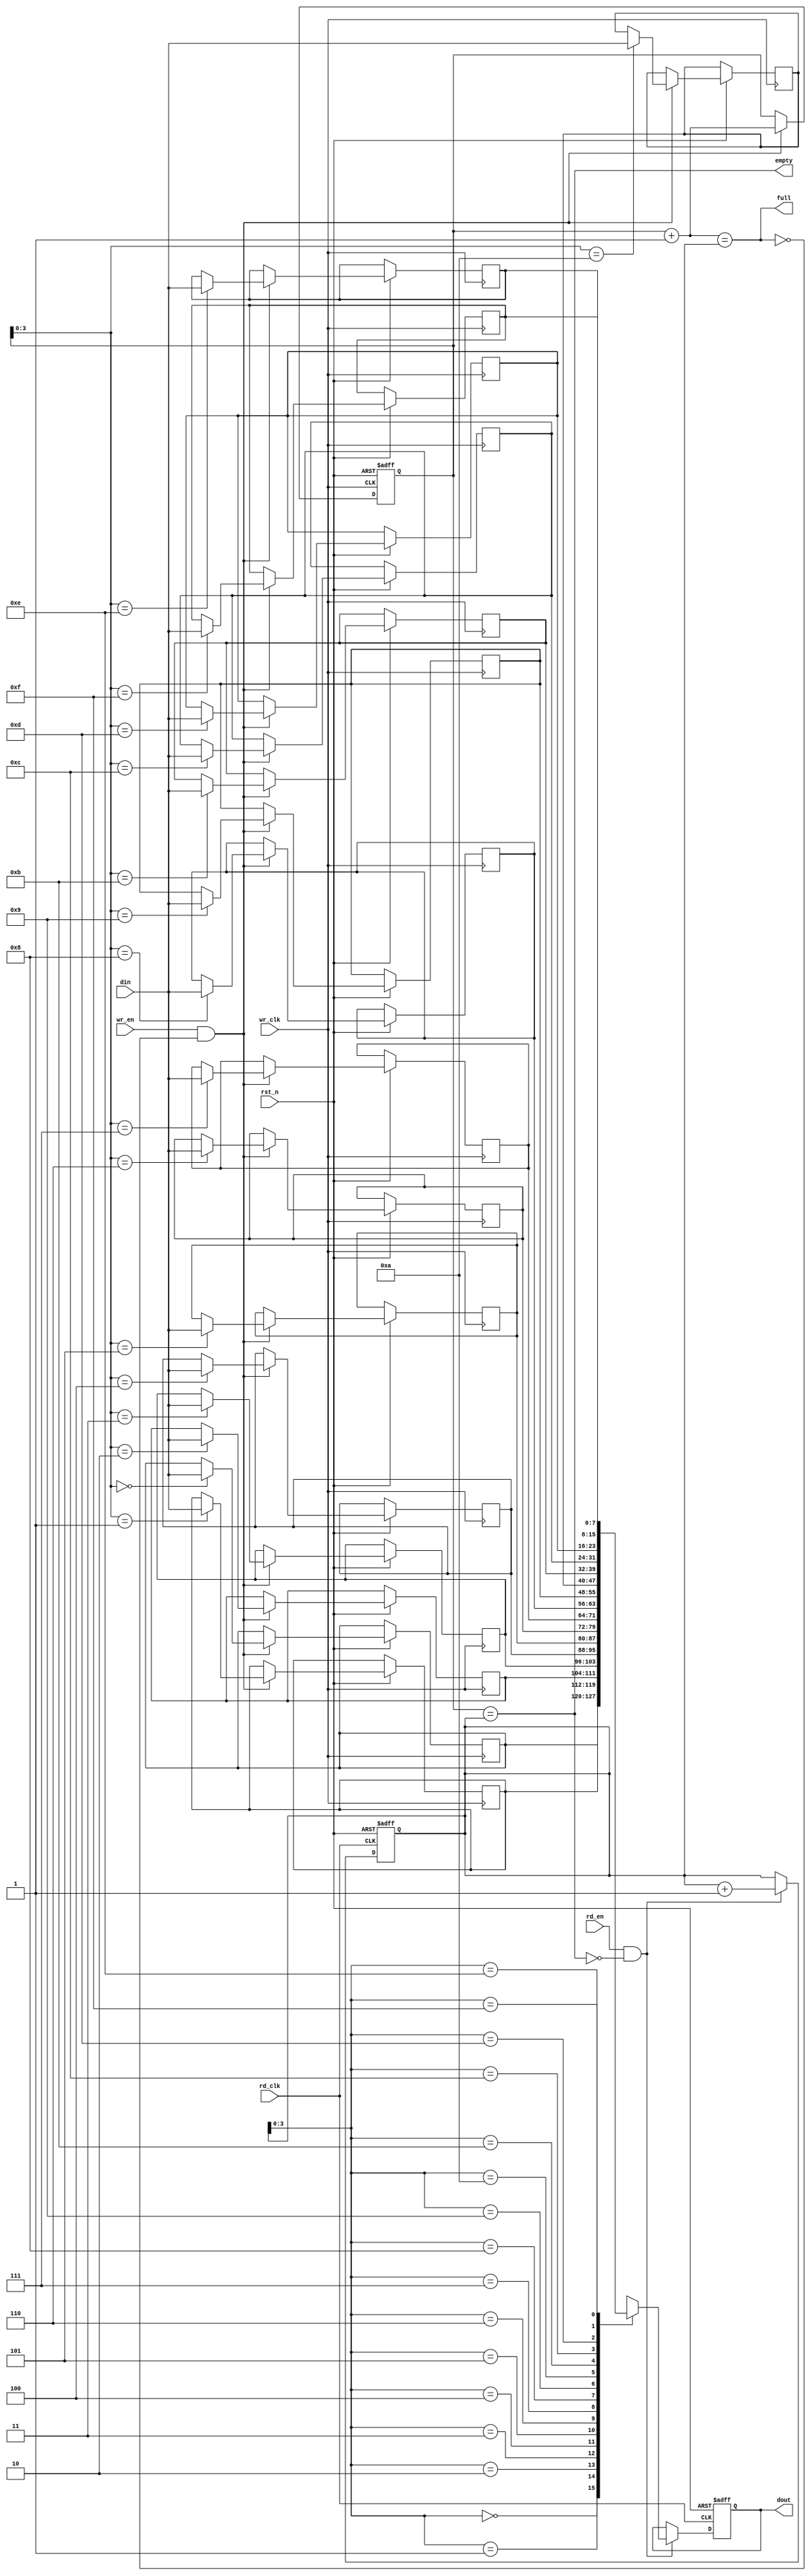
module dual_clock_fifo #(
    parameter DATA_WIDTH = 8,  // Width of each data entry
    parameter FIFO_DEPTH = 16   // Number of entries in the FIFO
)(
    input wire wr_clk,           // Write clock
    input wire rd_clk,           // Read clock
    input wire rst_n,            // Asynchronous active-low reset
    input wire wr_en,            // Write enable
    input wire rd_en,            // Read enable
    input wire [DATA_WIDTH-1:0] din, // Data input
    output reg [DATA_WIDTH-1:0] dout, // Data output
    output reg full,             // FIFO full flag
    output reg empty             // FIFO empty flag
);

    // Internal variables
    reg [DATA_WIDTH-1:0] fifo_mem [0:FIFO_DEPTH-1]; // Memory array for FIFO
    reg [4:0] wr_ptr;           // Write pointer
    reg [4:0] rd_ptr;           // Read pointer
    reg [4:0] wr_ptr_gray;      // Gray code write pointer
    reg [4:0] rd_ptr_gray;      // Gray code read pointer
    reg [4:0] wr_ptr_sync;      // Synchronized write pointer
    reg [4:0] rd_ptr_sync;      // Synchronized read pointer

    // Pointer management
    wire [4:0] wr_ptr_next = wr_ptr + 1;
    wire [4:0] rd_ptr_next = rd_ptr + 1;

    // FIFO full and empty logic
    always @(*) begin
        full = (wr_ptr_next == rd_ptr);
        empty = (wr_ptr == rd_ptr);
    end

    // Asynchronous reset
    always @(posedge wr_clk or negedge rst_n) begin
        if (!rst_n) begin
            wr_ptr <= 0;
        end else if (wr_en && !full) begin
            fifo_mem[wr_ptr] <= din;
            wr_ptr <= wr_ptr_next;
        end
    end

    always @(posedge rd_clk or negedge rst_n) begin
        if (!rst_n) begin
            rd_ptr <= 0;
            dout <= 0;
        end else if (rd_en && !empty) begin
            dout <= fifo_mem[rd_ptr];
            rd_ptr <= rd_ptr_next;
        end
    end

    // Gray code conversion for pointers
    always @(posedge wr_clk or negedge rst_n) begin
        if (!rst_n) begin
            wr_ptr_gray <= 0;
        end else begin
            wr_ptr_gray <= (wr_ptr >> 1) ^ wr_ptr;
        end
    end

    always @(posedge rd_clk or negedge rst_n) begin
        if (!rst_n) begin
            rd_ptr_gray <= 0;
        end else begin
            rd_ptr_gray <= (rd_ptr >> 1) ^ rd_ptr;
        end
    end

    // Synchronizing write pointer into read clock domain
    always @(posedge rd_clk or negedge rst_n) begin
        if (!rst_n) begin
            wr_ptr_sync <= 0;
        end else begin
            wr_ptr_sync <= wr_ptr_gray; // Synchronize the write pointer
        end
    end

    // Synchronizing read pointer into write clock domain
    always @(posedge wr_clk or negedge rst_n) begin
        if (!rst_n) begin
            rd_ptr_sync <= 0;
        end else begin
            rd_ptr_sync <= rd_ptr_gray; // Synchronize the read pointer
        end
    end

endmodule